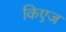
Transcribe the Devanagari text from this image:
किएज